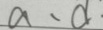
a 、 d